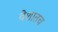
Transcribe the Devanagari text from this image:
वेशातच